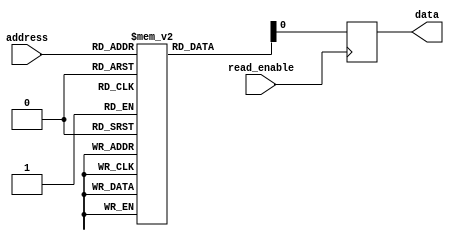
module otp_rom (
    input wire [7:0] address,
    input wire read_enable,
    output reg data
);

reg [7:0] memory [0:255]; // 256x8 memory array

always @ (posedge read_enable)
begin
    data <= memory[address];
end

endmodule